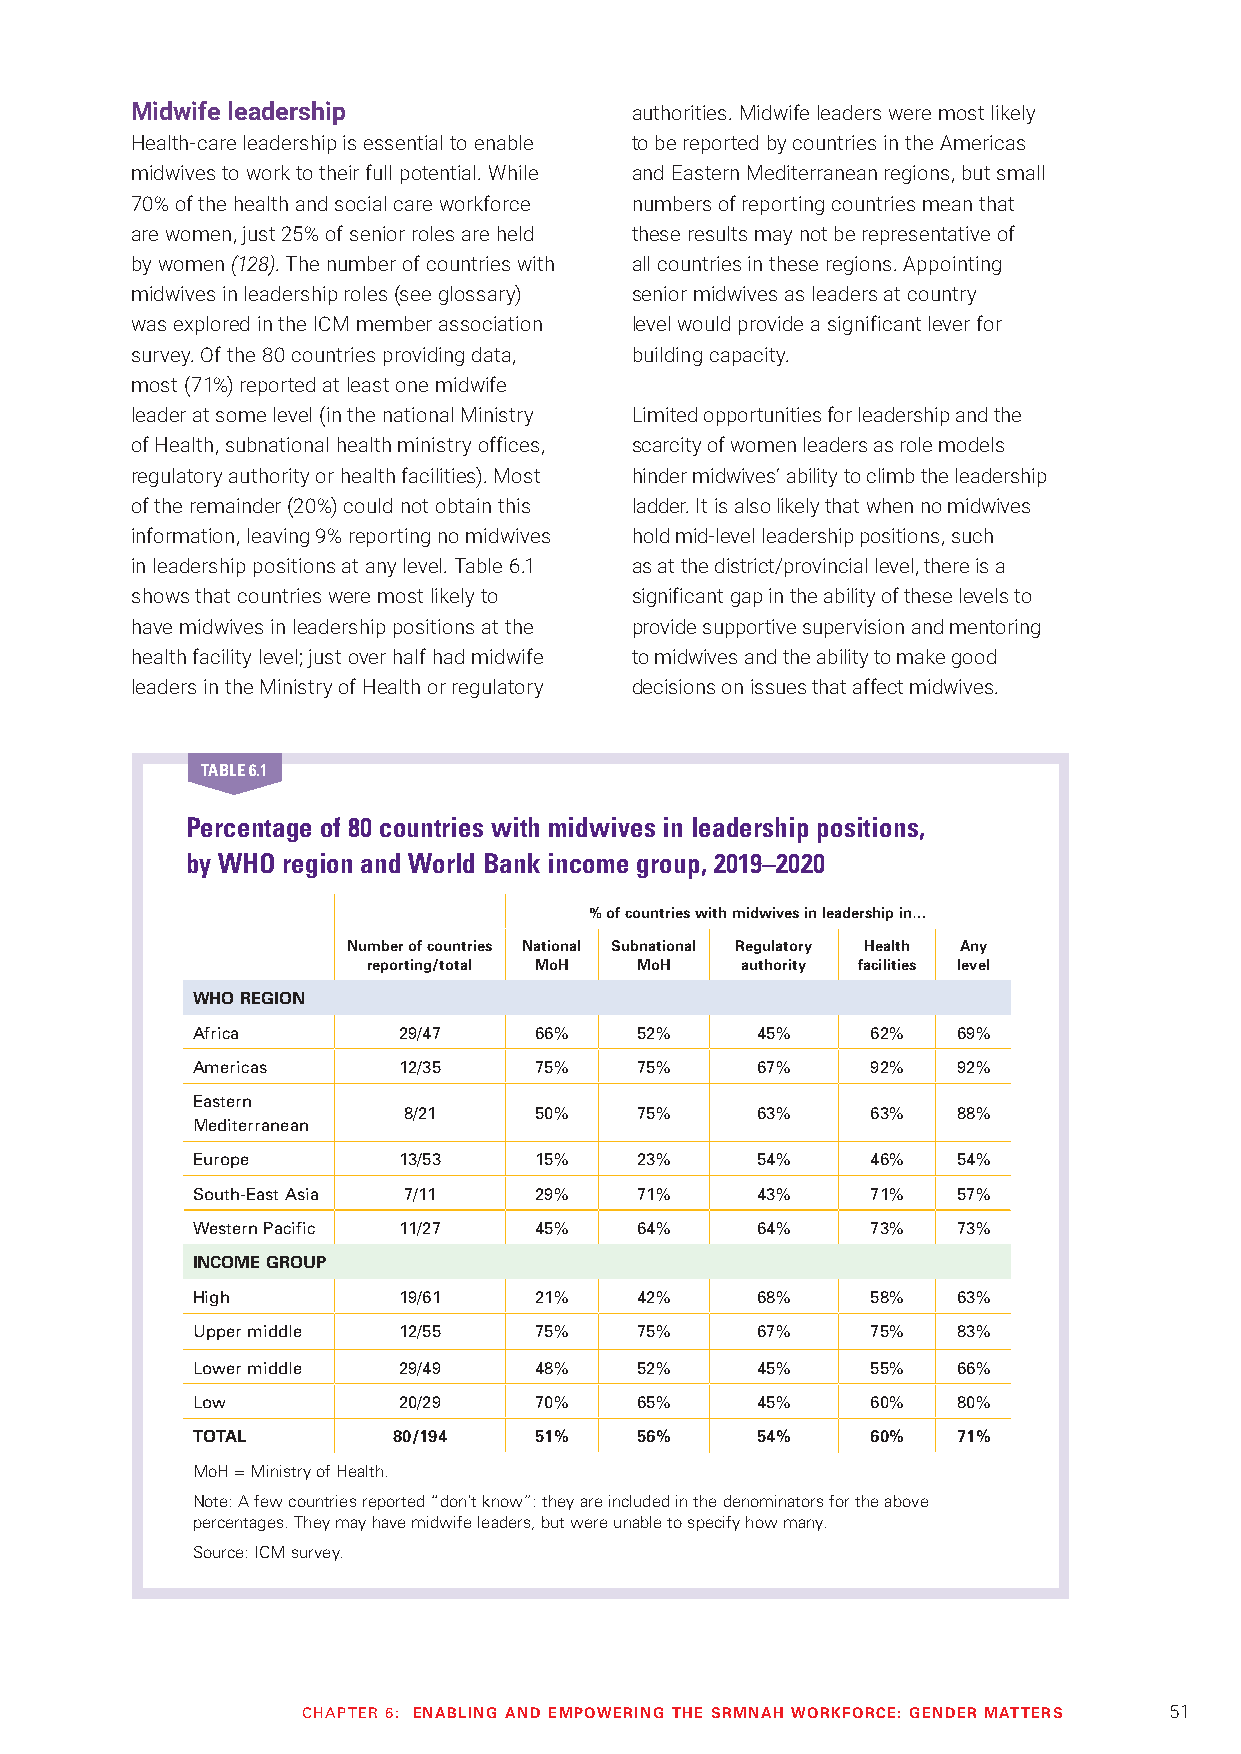
Midwife leadership               authorities. Midwife leaders were most likely
 Health-care leadership is essential to enable to be reported by countries in the Americas
 midwives to work to their full potential. While and Eastern Mediterranean regions, but small
 70% of the health and social care workforce numbers of reporting countries mean that
 are women, just 25% of senior roles are held these results may not be representative of
 by women (128). The number of countries with all countries in these regions. Appointing
 midwives in leadership roles (see glossary) senior midwives as leaders at country
 was explored in the ICM member association level would provide a significant lever for
 survey. Of the 80 countries providing data, building capacity.
 most (71%) reported at least one midwife
 leader at some level (in the national Ministry Limited opportunities for leadership and the
 of Health, subnational health ministry offices, scarcity of women leaders as role models
 regulatory authority or health facilities). Most hinder midwives’ ability to climb the leadership
 of the remainder (20%) could not obtain this ladder. It is also likely that when no midwives
 information, leaving 9% reporting no midwives hold mid-level leadership positions, such
 in leadership positions at any level. Table 6.1 as at the district/provincial level, there is a
 shows that countries were most likely to significant gap in the ability of these levels to
 have midwives in leadership positions at the provide supportive supervision and mentoring
 health facility level; just over half had midwife to midwives and the ability to make good
 leaders in the Ministry of Health or regulatory decisions on issues that affect midwives.
 TABLE 6.1
 Percentage of 80 countries with midwives in leadership positions,
 by WHO region and World Bank income group, 2019–2020
 % of countries with midwives in leadership in…
 Number of countries National Subnational Regulatory Health Any
 reporting/total MoH MoH  authority facilities level
 WHO REGION
 Africa       29/47    66%    52%     45%     62%  69%
 Americas     12/35    75%    75%     67%     92%  92%
 Eastern
 8/21    50%    75%     63%     63%  88%
 Mediterranean
 Europe       13/53    15%    23%     54%     46%  54%
 South-East Asia 7/11  29%    71%     43%     71%  57%
 Western Pacific 11/27 45%    64%     64%     73%  73%
 INCOME GROUP
 High         19/61    21%    42%     68%     58%  63%
 Upper middle 12/55    75%    75%     67%     75%  83%
 Lower middle 29/49    48%    52%     45%     55%  66%
 Low          20/29    70%    65%     45%     60%  80%
 TOTAL        80/194   51%    56%     54%     60%  71%
 MoH = Ministry of Health.
 Note: A few countries reported “don’t know”: they are included in the denominators for the above
 percentages. They may have midwife leaders, but were unable to specify how many.
 Source: ICM survey.
 CHAPTER 6: ENABLING AND EMPOWERING THE SRMNAH WORKFORCE: GENDER MATTERS 51